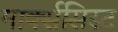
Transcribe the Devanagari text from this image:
मार्क्‍ससिस्‍ट